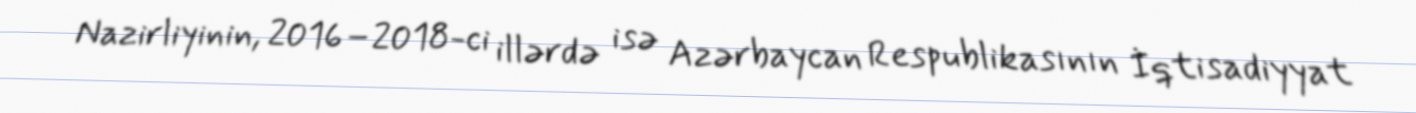
Nazirliyinin, 2016–2018-ci illərdə isə Azərbaycan Respublikasının İqtisadiyyat